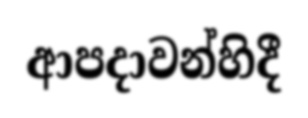
ආපදාවන්හිදී